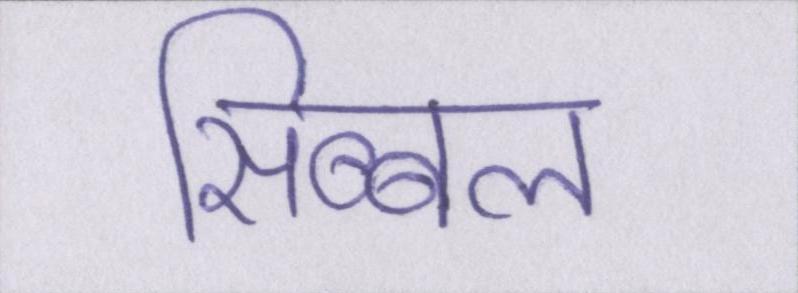
सिब्बल